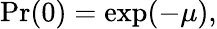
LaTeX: \operatorname*{Pr}(0)=\exp(-\mu),